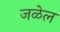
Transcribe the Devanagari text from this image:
जळेल